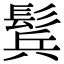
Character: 鬂